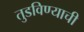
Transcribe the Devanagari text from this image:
तुडविण्याची